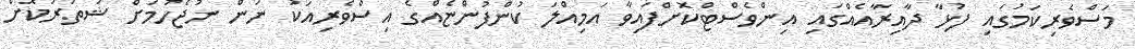
މަސްވެރިކަމުގައި ފުޅާ ދާއިރާއެއްގައި އިންވެސްޓްކޮށްފައިވާ އަމިއްލަ ކުންފުންޏެއްގެ އިސްވެރިއަކު ނަން ނުޖެހުމަށް ޝަތުރުކޮށް